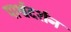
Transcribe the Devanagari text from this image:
पार्श्वदर्शन